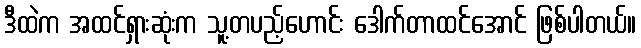
ဒီထဲက အထင်ရှားဆုံးက သူ့တပည့်ဟောင်း ဒေါက်တာထင်အောင် ဖြစ်ပါတယ်။